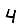
Digit: 4